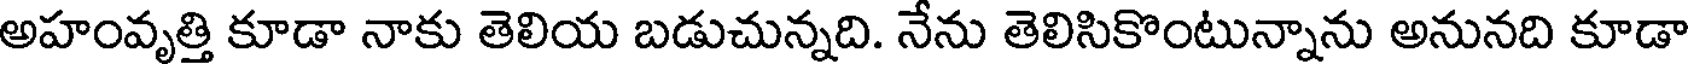
అహంవృత్తి కూడా నాకు తెలియ బడుచున్నది. నేను తెలిసికొంటున్నాను అనునది కూడా